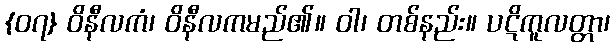
{၀၇} ဝိနီလကံ၊ ဝိနီလကမည်၏။ ဝါ၊ တစ်နည်း။ ပဋိကူလတ္တာ၊